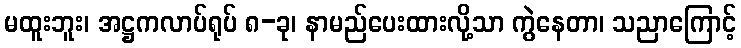
မထူးဘူး၊ အဋ္ဌကလာပ်ရုပ် ၈-ခု၊ နာမည်ပေးထားလို့သာ ကွဲနေတာ၊ သညာကြောင့်